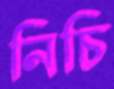
নিচি